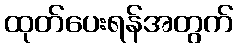
ထုတ်ပေးရန်အတွက်